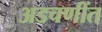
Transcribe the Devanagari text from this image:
अडचणींत